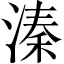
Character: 溱